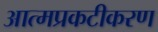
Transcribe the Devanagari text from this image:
आत्मप्रकटीकरण